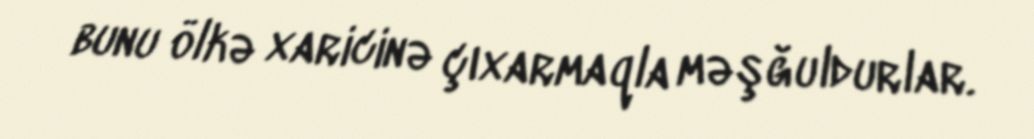
bunu ölkə xaricinə çıxarmaqla məşğuldurlar.